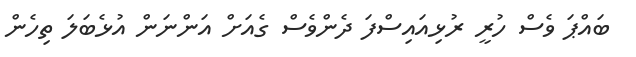
ބައްޕަ ވެސް ހުރީ ރުޅިއައިސްފަ ދެންވެސް ގެއަށް އަންނަން އުޅެބަލަ ތިހެން